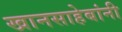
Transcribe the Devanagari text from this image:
खानसाहेबांनी